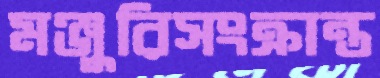
মঞ্জুরিসংক্রান্ত